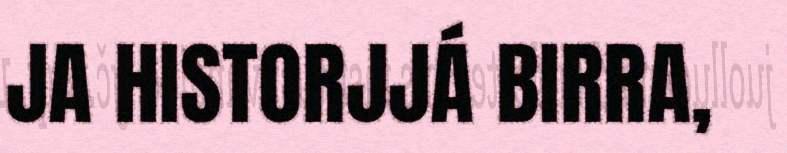
JA HISTORJJÁ BIRRA,